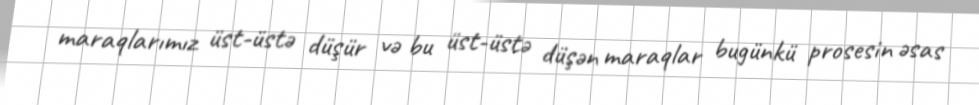
maraqlarımız üst-üstə düşür və bu üst-üstə düşən maraqlar bugünkü prosesin əsas